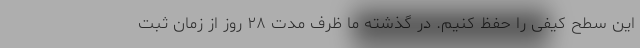
این سطح کیفی را حفظ کنیم. در گذشته ما ظرف مدت ۲۸ روز از زمان ثبت